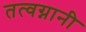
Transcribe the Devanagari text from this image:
तत्वग्नानी